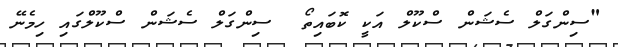
"ސިންގަލް ސެޝަން ސްކޫލް އަކީ ކޮބައިތޯ  ސިންގަލް ސެޝަން ސްކޫލްގައި ހިމެނޭ